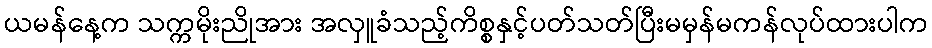
ယမန်နေ့က သက္ကမိုးညိုအား အလှူခံသည့်ကိစ္စနှင့်ပတ်သတ်ပြီးမမှန်မကန်လုပ်ထားပါက